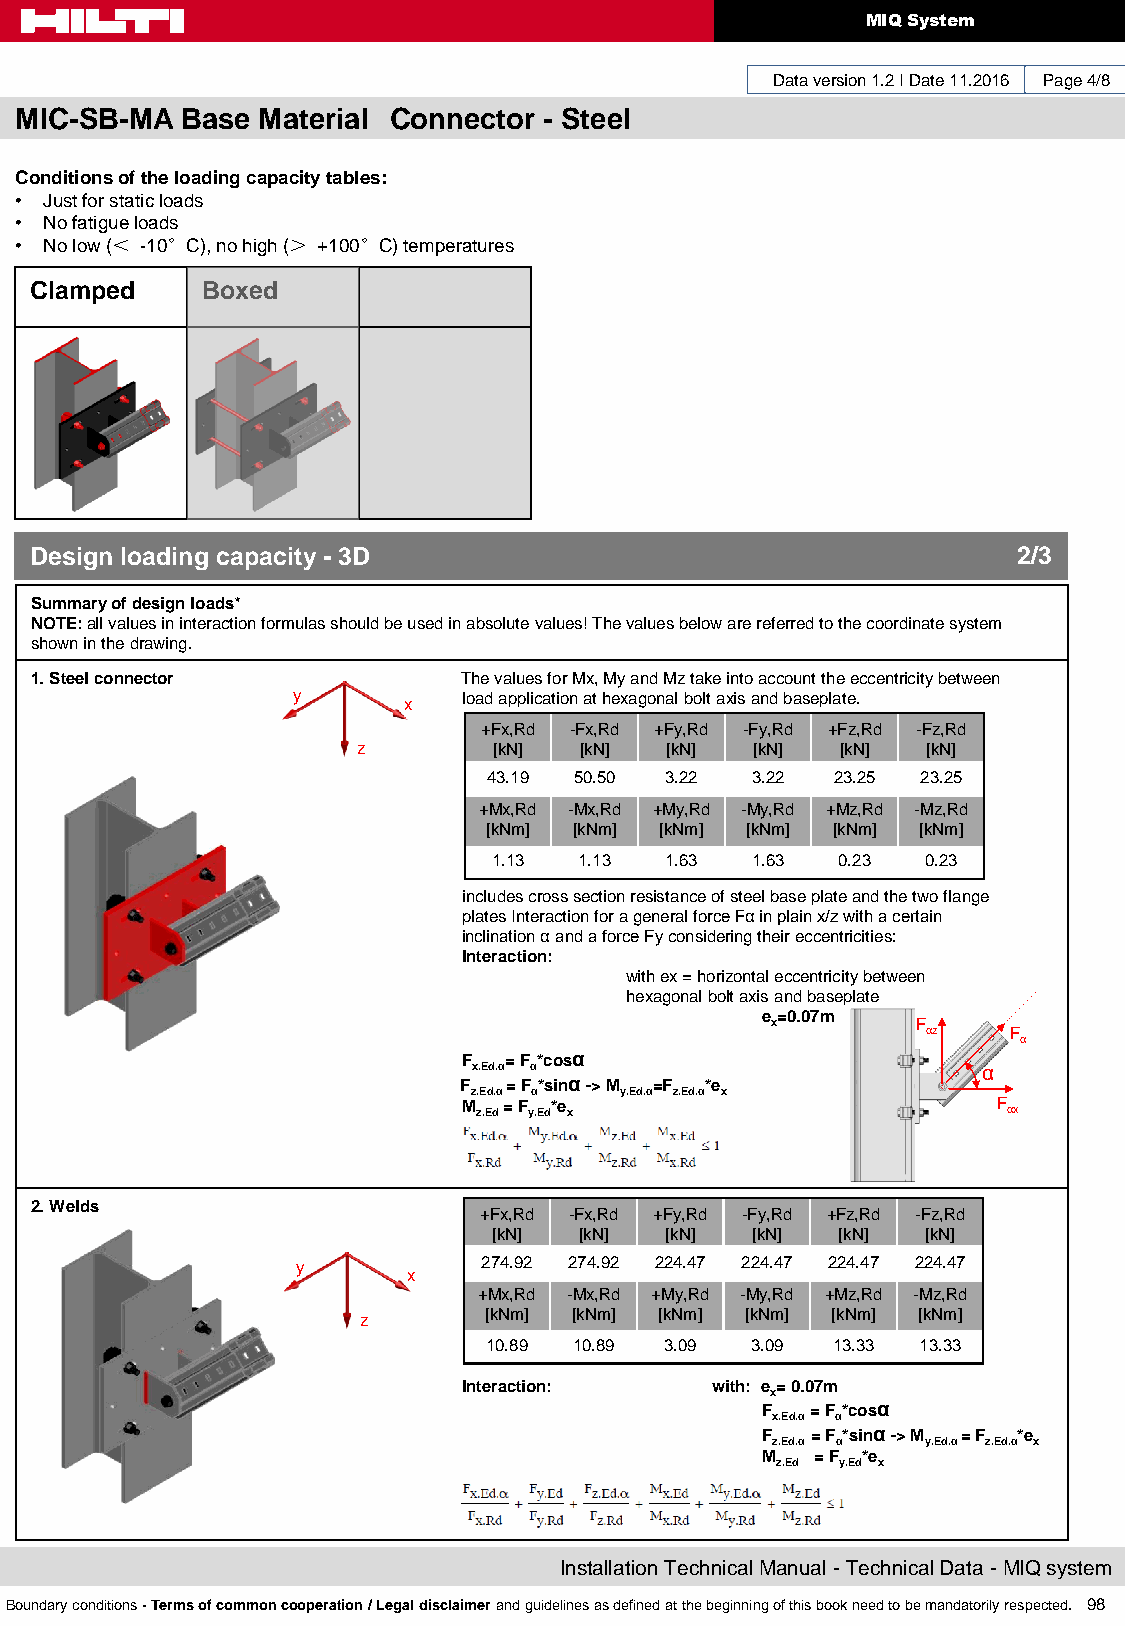
MIQ System
 Data version 1.2 I Date 11.2016 Page 4/8
 MIC-SB-MA  Base Material Connector - Steel
 Conditions of the loading capacity tables:
 • Just for static loads
 • No fatigue loads
 • No low (＜ -10°C), no high (＞ +100°C) temperatures
 Clamped    Boxed
 Design loading capacity - 3D                                     2/3
 Summary of design loads*
 NOTE: all values in interaction formulas should be used in absolute values! The values below are referred to the coordinate system
 shown in the drawing.
 1. Steel connector           The values for Mx, My and Mz take into account the eccentricity between
 y       x   load application at hexagonal bolt axis and baseplate.
 +Fx,Rd -Fx,Rd +Fy,Rd -Fy,Rd +Fz,Rd -Fz,Rd
 z        [kN] [kN]  [kN]  [kN]  [kN] [kN]
 43.19 50.50 3.22  3.22 23.25 23.25
 +Mx,Rd -Mx,Rd +My,Rd -My,Rd +Mz,Rd -Mz,Rd
 [kNm] [kNm] [kNm] [kNm] [kNm] [kNm]
 1.13 1.13  1.63  1.63  0.23 0.23
 includes cross section resistance of steel base plate and the two flange
 plates Interaction for a general force Fα in plain x/z with a certain
 inclination α and a force Fy considering their eccentricities:
 Interaction:
 with ex = horizontal eccentricity between
 hexagonal bolt axis and baseplate
 e=0.07m
 x         F
 αz    F
 α
 F = F *cosα
 x.Ed.α α                          α
 F   = F *sinα -> M =F *e
 z.Ed.α α  y.Ed.α z.Ed.α x
 M z.Ed = F y.Ed*e x                F αx
 2. Welds
 +Fx,Rd -Fx,Rd +Fy,Rd -Fy,Rd +Fz,Rd -Fz,Rd
 [kN] [kN]  [kN]  [kN]  [kN] [kN]
 y           274.92 274.92 224.47 224.47 224.47 224.47
 x
 +Mx,Rd -Mx,Rd +My,Rd -My,Rd +Mz,Rd -Mz,Rd
 z       [kNm] [kNm] [kNm] [kNm] [kNm] [kNm]
 10.89 10.89 3.09  3.09 13.33 13.33
 Interaction:    with: e= 0.07m
 x
 F   = F *cosα
 x.Ed.α α
 F   = F *sinα -> M = F *e
 z.Ed.α α  y.Ed.α z.Ed.α x
 M   = F *e
 z.Ed y.Ed x
 Installation Technical Manual - Technical Data - MIQ system
 Boundary conditions - Terms of common cooperation / Legal disclaimer and guidelines as defined at the beginning of this book need to be mandatorily respected. 98